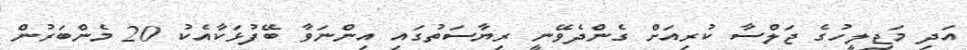
އަދި މަޖިލީހުގެ ޖަލްސާ ކުރިއަށް ގެންދެވޭނީ ރިޔާސަތުގައި އިންނަވާ ބޭފުޅަކާއެކު 20 މެންބަރުން